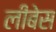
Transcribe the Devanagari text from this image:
लीबेस